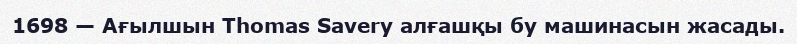
1698 — Ағылшын Thomas Savery алғашқы бу машинасын жасады.